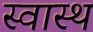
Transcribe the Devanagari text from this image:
स्‍वास्थ